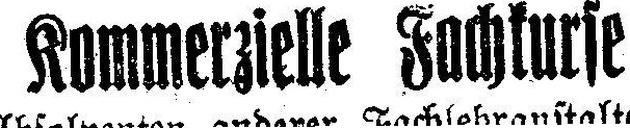
Kommerzielle Fachkurse